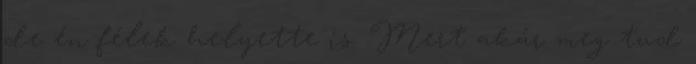
de én félek helyette is. Mert akár meg tud